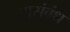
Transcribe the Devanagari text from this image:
सुसंबंध